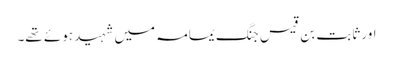
اور ثابت بن قیس جنگ یمامہ میں شہید ہوئے تھے۔